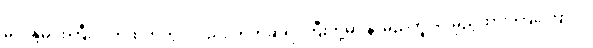
မိလိန္ဒမင်းကြီးလက်ထက်တွင်လည်း တိတ္ထိဆရာကြီးတို့မှာ နာမည်တူပင် မှည့်ထား ကြကြောင်း၊